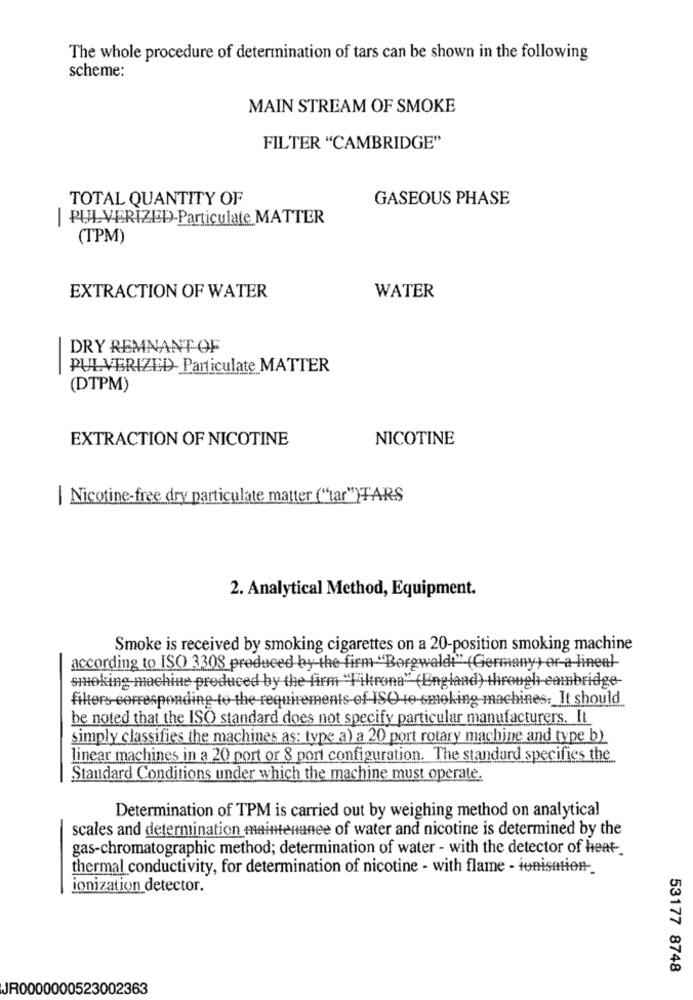
The whole procedure of determination of tars can be shown in the following
scheme:
MAIN STREAM OF SMOKE
FILTER "CAMBRIDGE"
TOTAL QUANTITY OF
GASEOUS PHASE
| PULVERIZED-Particulate MATTER
(TPM)
EXTRACTION OF WATER
WATER
DRY REMNANT OF
PULVERIZED- Particulate MATTER
(DTPM)
EXTRACTION OF NICOTINE
NICOTINE
| Nicotine-free dry particulate matter ("tar")TARS
2. Analytical Method, Equipment.
Smoke is received by smoking cigarettes on a 20-position smoking machine
according to ISO 3308 produced by the firm "Borgwald" (Germany) or a lineal
smoking machine produced by the firm-"Filtrona" (England) through cambridge-
be noted that the ISO standard does not specify particular manufacturers. It
simply classifies the machines as: type a) a 20 port rotary machine and type b)
linear machines in a 20 port or 8 port configuration. The standard specifies the
Standard Conditions under which the machine must operate.
Determination of TPM is carried out by weighing method on analytical
scales and determination maintenance of water and nicotine is determined by the
gas-chromatographic method; determination of water - with the detector of heat-
thermal conductivity, for determination of nicotine - with flame - ionisation-
ionization detector.
53177 8748
JR0000000523002363